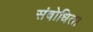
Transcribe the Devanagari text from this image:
संबोधिता